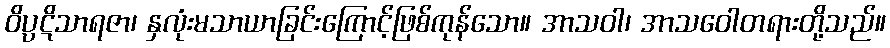
ဝိပ္ပဋိသာရဇာ၊ နှလုံးမသာယာခြင်းကြောင့်ဖြစ်ကုန်သော။ အာသဝါ၊ အာသဝေါတရားတို့သည်။